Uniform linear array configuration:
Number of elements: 16
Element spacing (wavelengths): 1
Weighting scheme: kaiser
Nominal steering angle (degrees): -45
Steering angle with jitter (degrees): -44.945
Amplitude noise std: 0.05
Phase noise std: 0.05

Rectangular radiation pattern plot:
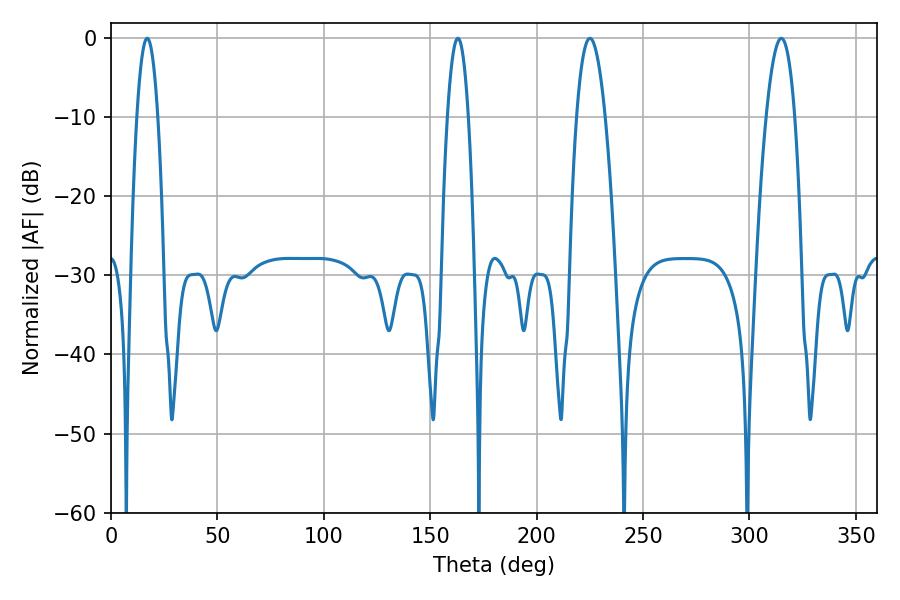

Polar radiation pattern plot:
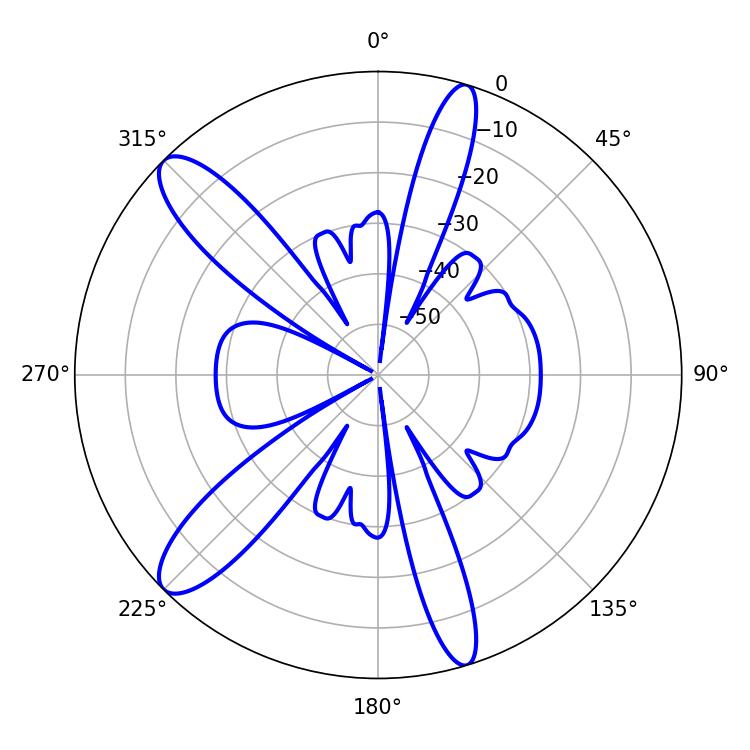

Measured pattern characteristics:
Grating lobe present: TRUE
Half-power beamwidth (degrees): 7.38
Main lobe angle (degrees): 225